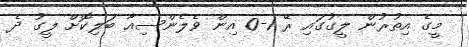
މީގެ އިތުރުން ލީގުގައި ރޭ 1-0 އިން ވެލެންސިއާ ބަލިކޮށް ލީގު ދެ